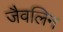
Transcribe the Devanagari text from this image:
जैवलिन